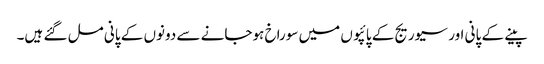
پینے کے پانی اور سیوریج کے پائپوں میں سوراخ ہوجانے سے دونوں کے پانی مل گئے ہیں۔